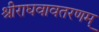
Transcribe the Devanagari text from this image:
श्रीराघवावतरणम्